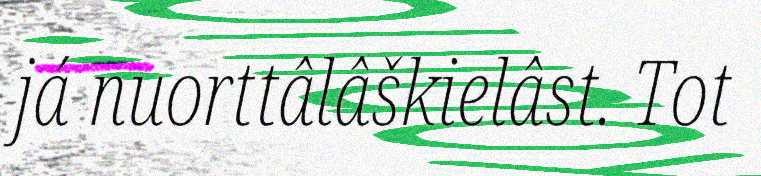
já nuorttâlâškielâst. Tot